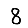
Digit: 8